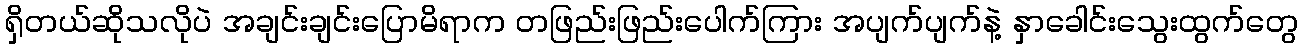
ရှိတယ်ဆိုသလိုပဲ အချင်းချင်းပြောမိရာက တဖြည်းဖြည်းပေါက်ကြား အပျက်ပျက်နဲ့ နှာခေါင်းသွေးထွက်တွေ